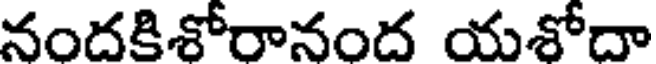
నందకిశోరానంద యశోదా